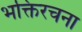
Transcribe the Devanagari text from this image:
भक्तिरचना